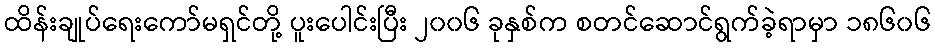
ထိန်းချုပ်ရေးကော်မရှင်တို့ ပူးပေါင်းပြီး ၂၀၀၆ ခုနှစ်က စတင်ဆောင်ရွက်ခဲ့ရာမှာ ၁၈၆၀၆